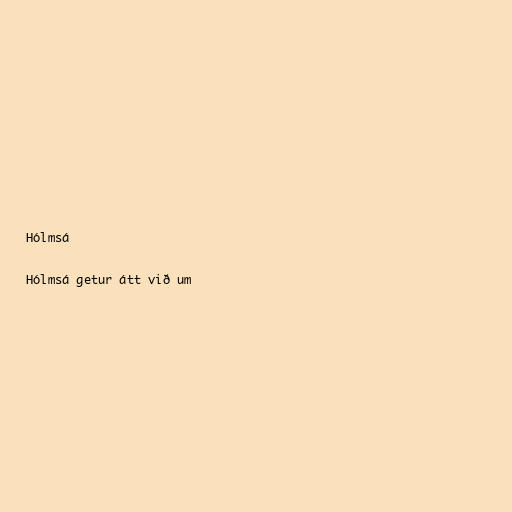
Hólmsá

Hólmsá getur átt við um